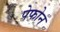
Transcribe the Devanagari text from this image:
पेफोन